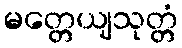
မတ္တေယျသုတ္တံ